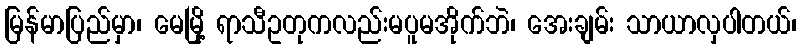
မြန်မာပြည်မှာ၊ မေမြို့ ရာသီဥတုကလည်းမပူမအိုက်ဘဲ၊ အေးချမ်း သာယာလှပါတယ်၊